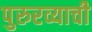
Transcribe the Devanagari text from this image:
पुरुरव्याची